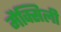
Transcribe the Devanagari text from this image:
मैक्सिली